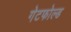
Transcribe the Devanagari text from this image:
गेटफोल्ड